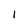
Character: 1